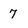
Character: 7